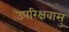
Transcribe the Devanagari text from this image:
उपरिक्षवासु